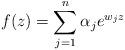
LaTeX: \begin{align*} f(z)=\sum_{j=1}^n\alpha_j e^{w_jz} \end{align*}